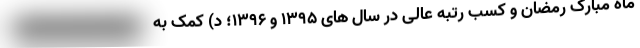
ماه مبارک رمضان و کسب رتبه عالی در سال های ۱۳۹۵ و ۱۳۹۶؛ د) کمک به